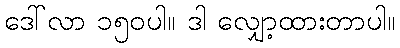
ဒေါ်လာ ၁၅၀ပါ။ ဒါ လျှော့ထားတာပါ။